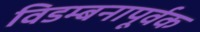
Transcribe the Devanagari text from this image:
विडम्बनापूर्वक